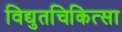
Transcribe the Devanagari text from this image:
विद्युतचिकित्सा